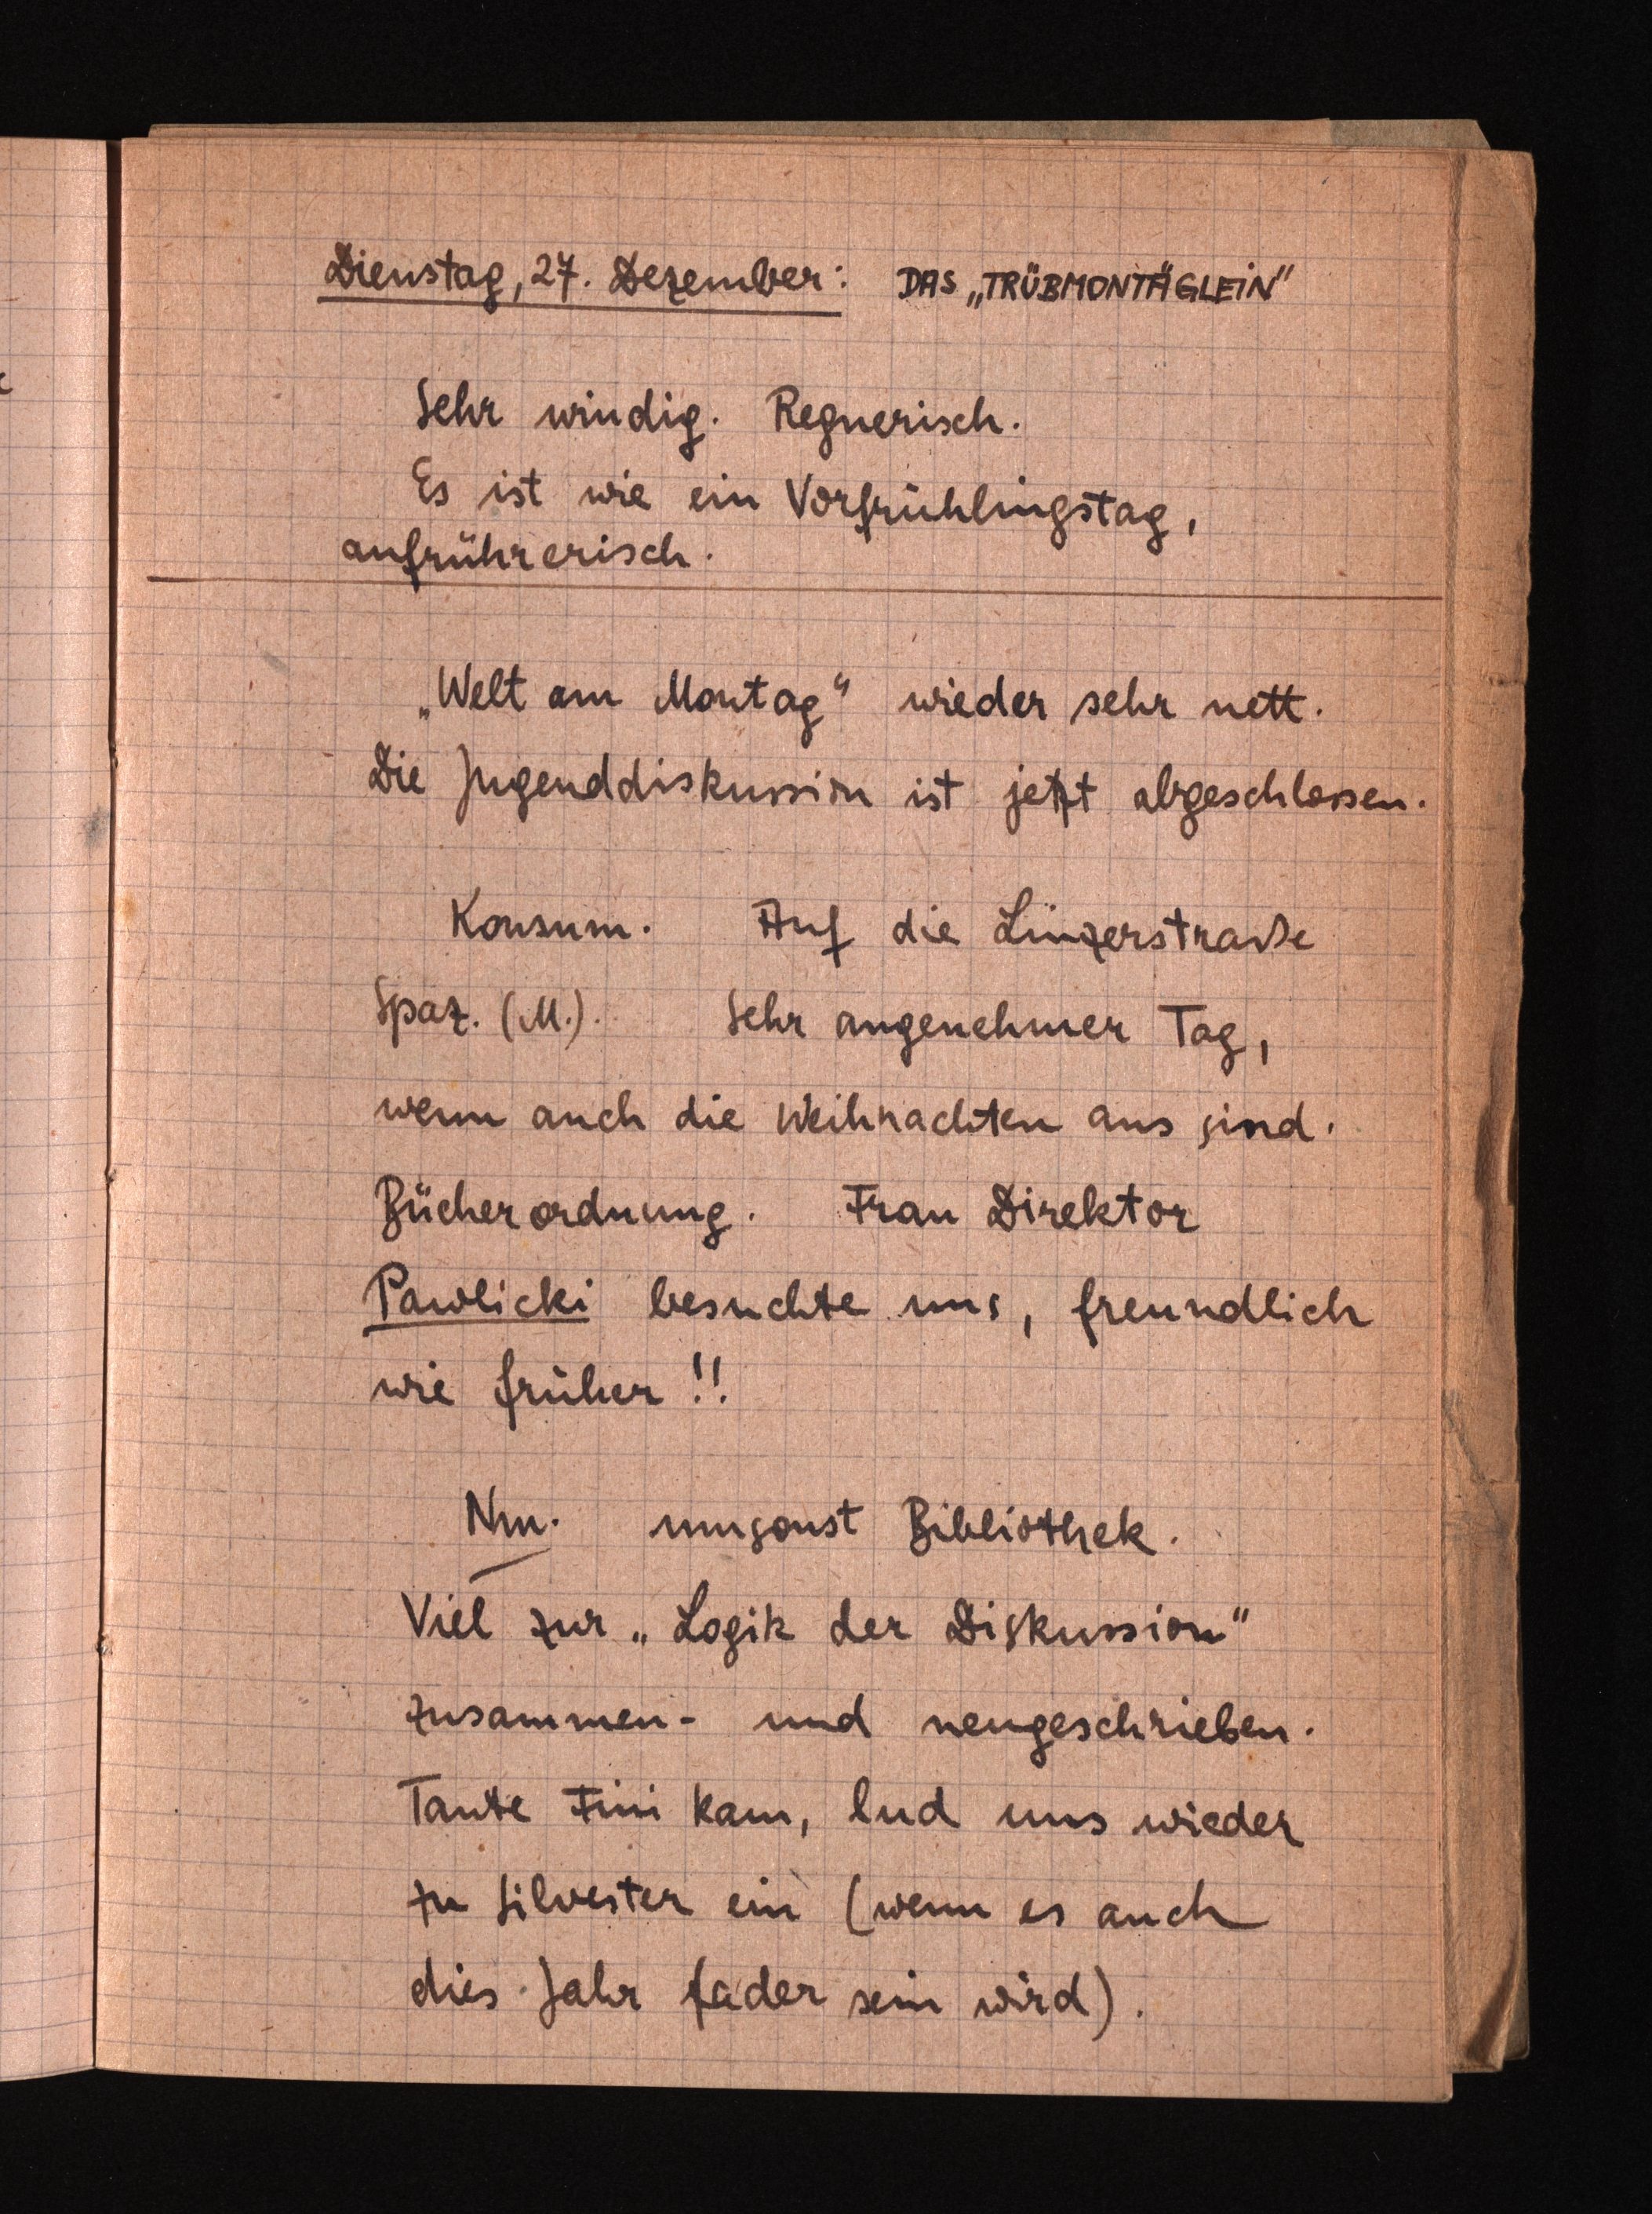
Dienstag, 27.Dezember: DAS "TRÜBMONTÄGLEIN"
Sehr windig. Regnerisch.
Es ist wie ein Vorfrühlingstag,
aufrührerisch.
"Welt am Montag" wieder sehr nett.
Die Jugenddiskussion ist jetztabgeschlossen.
Konsum. Auf die Linzerstraße
Spaz. (M.). Sehr angenehmer Tag,
wenn auchdie Weihnachten aus sind.
Bücherordnung. Frau Direktor
Pawlicki besuchte uns, freundlich
wiefrüher!!
Nm. umsonst Bibliothek.
Viel zur "Logik derDiskussion"
zusammen- und neugeschrieben.
Tante Fini kam, lud unswieder
zu Silvester ein (wenn es auch
dies Jahr fader sein wird).